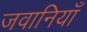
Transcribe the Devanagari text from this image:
जवानियाँ